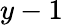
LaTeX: y-1